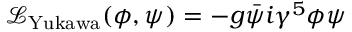
{ \mathcal { L } } _ { \mathrm { Y u k a w a } } ( \phi , \psi ) = - g { \bar { \psi } } i \gamma ^ { 5 } \phi \psi